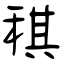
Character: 稘